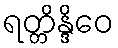
ရတ္တိန္ဒိဝေ